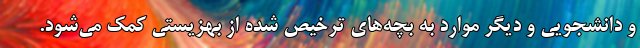
و دانشجویی و دیگر موارد به بچه‌های ترخیص شده از بهزیستی کمک می‌شود.